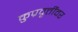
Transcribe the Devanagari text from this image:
कुप्रवृत्तींवर